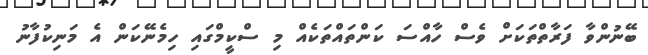
ބޭނުންވާ ފަރާތްތަކަށް ވެސް ހާއްސަ ކަންތައްތަކެއް މި ސްކީމްގައި ހިމެނޭކަން އެ މަނިކުފާނު